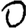
Digit: 0